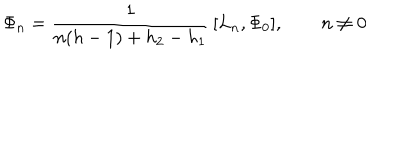
\Phi _ { n } = \frac { 1 } { n ( h - 1 ) + h _ { 2 } - h _ { 1 } } \, [ L _ { n } , \Phi _ { 0 } ] , \qquad n \neq 0